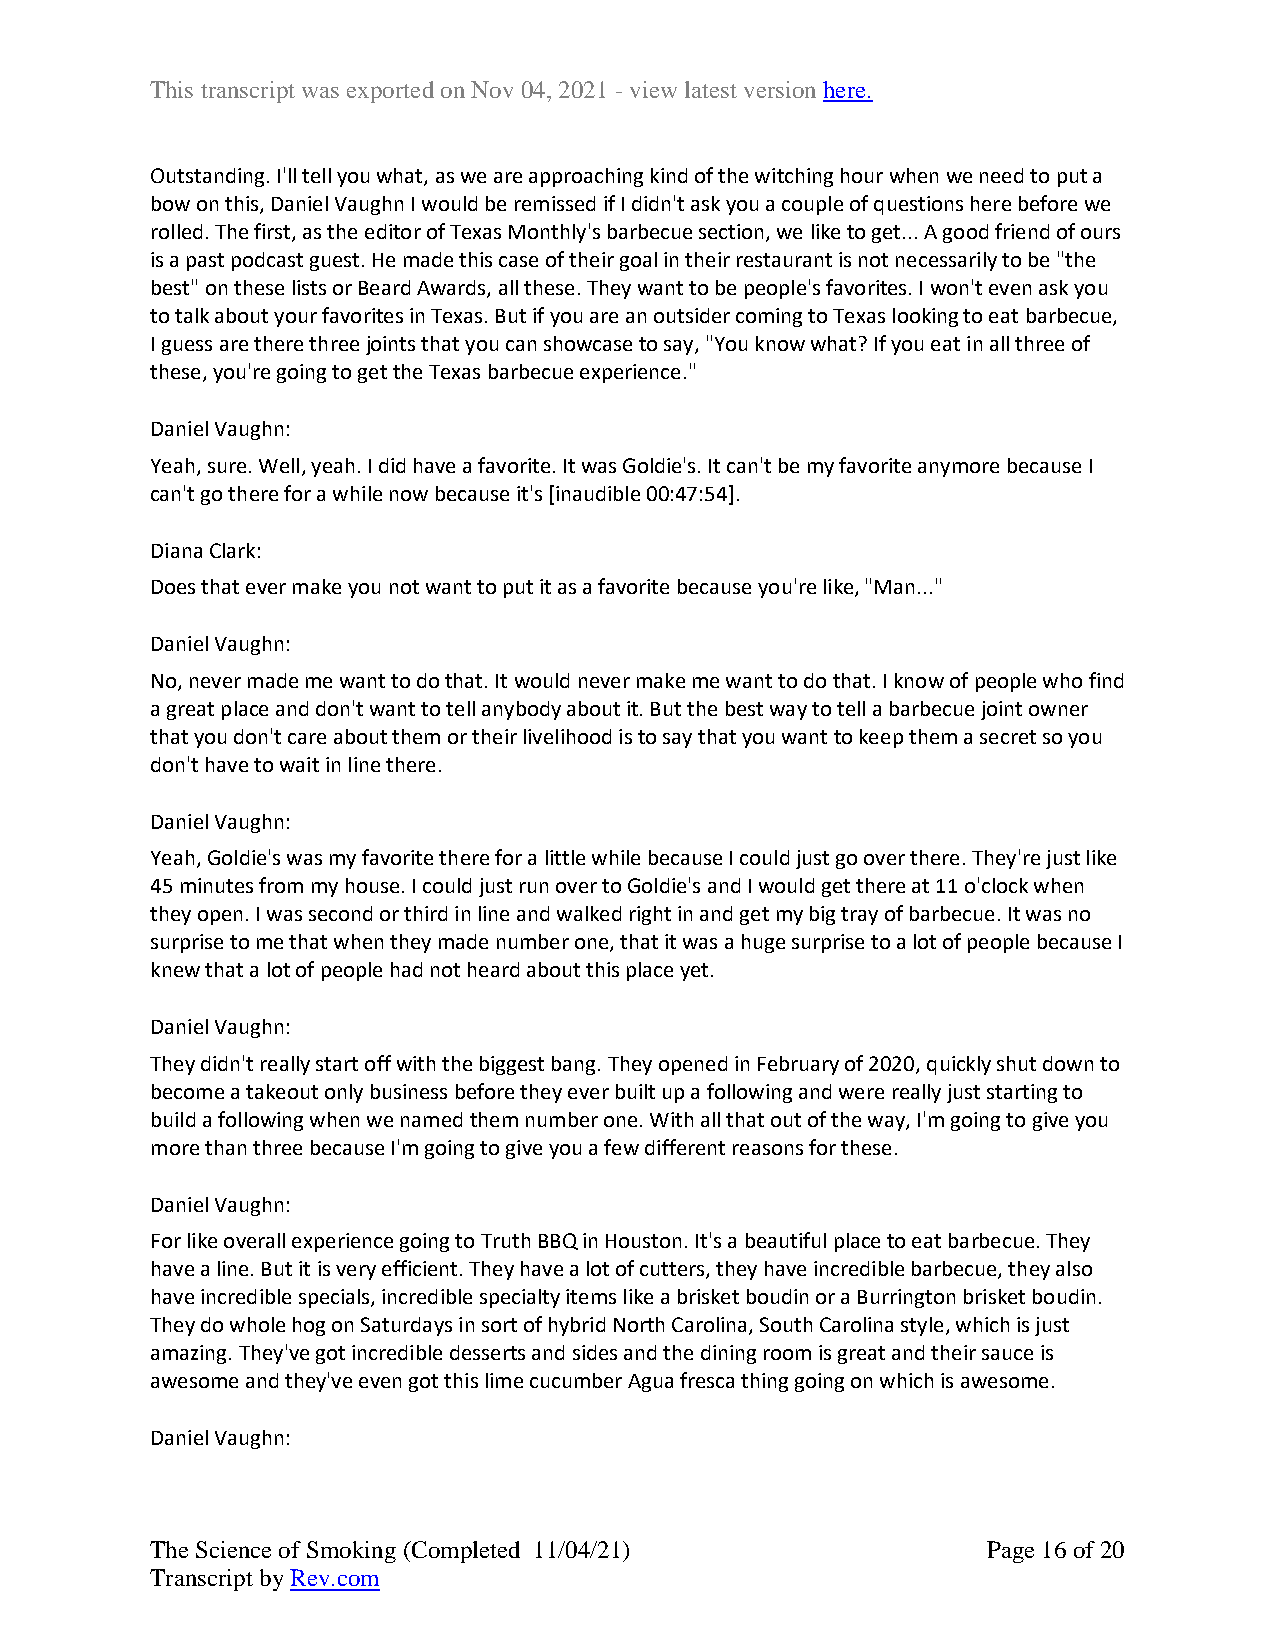
This transcript was exported on Nov 04, 2021 - view latest version here.
 Outstanding. I'll tell you what, as we are approaching kind of the witching hour when we need to put a
 bow on this, Daniel Vaughn I would be remissed if I didn't ask you a couple of questions here before we
 rolled. The first, as the editor of Texas Monthly's barbecue section, we like to get... A good friend of ours
 is a past podcast guest. He made this case of their goal in their restaurant is not necessarily to be "the
 best" on these lists or Beard Awards, all these. They want to be people's favorites. I won't even ask you
 to talk about your favorites in Texas. But if you are an outsider coming to Texas looking to eat barbecue,
 I guess are there three joints that you can showcase to say, "You know what? If you eat in all three of
 these, you're going to get the Texas barbecue experience."
 Daniel Vaughn:
 Yeah, sure. Well, yeah. I did have a favorite. It was Goldie's. It can't be my favorite anymore because I
 can't go there for a while now because it's [inaudible 00:47:54].
 Diana Clark:
 Does that ever make you not want to put it as a favorite because you're like, "Man..."
 Daniel Vaughn:
 No, never made me want to do that. It would never make me want to do that. I know of people who find
 a great place and don't want to tell anybody about it. But the best way to tell a barbecue joint owner
 that you don't care about them or their livelihood is to say that you want to keep them a secret so you
 don't have to wait in line there.
 Daniel Vaughn:
 Yeah, Goldie's was my favorite there for a little while because I could just go over there. They're just like
 45 minutes from my house. I could just run over to Goldie's and I would get there at 11 o'clock when
 they open. I was second or third in line and walked right in and get my big tray of barbecue. It was no
 surprise to me that when they made number one, that it was a huge surprise to a lot of people because I
 knew that a lot of people had not heard about this place yet.
 Daniel Vaughn:
 They didn't really start off with the biggest bang. They opened in February of 2020, quickly shut down to
 become a takeout only business before they ever built up a following and were really just starting to
 build a following when we named them number one. With all that out of the way, I'm going to give you
 more than three because I'm going to give you a few different reasons for these.
 Daniel Vaughn:
 For like overall experience going to Truth BBQ in Houston. It's a beautiful place to eat barbecue. They
 have a line. But it is very efficient. They have a lot of cutters, they have incredible barbecue, they also
 have incredible specials, incredible specialty items like a brisket boudin or a Burrington brisket boudin.
 They do whole hog on Saturdays in sort of hybrid North Carolina, South Carolina style, which is just
 amazing. They've got incredible desserts and sides and the dining room is great and their sauce is
 awesome and they've even got this lime cucumber Agua fresca thing going on which is awesome.
 Daniel Vaughn:
 The Science of Smoking (Completed 11/04/21)            Page 16 of 20
 Transcript by Rev.com